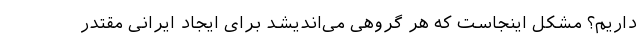
داریم؟ مشکل اینجاست که هر گروهی می‌اندیشد برای ایجاد ایرانی مقتدر